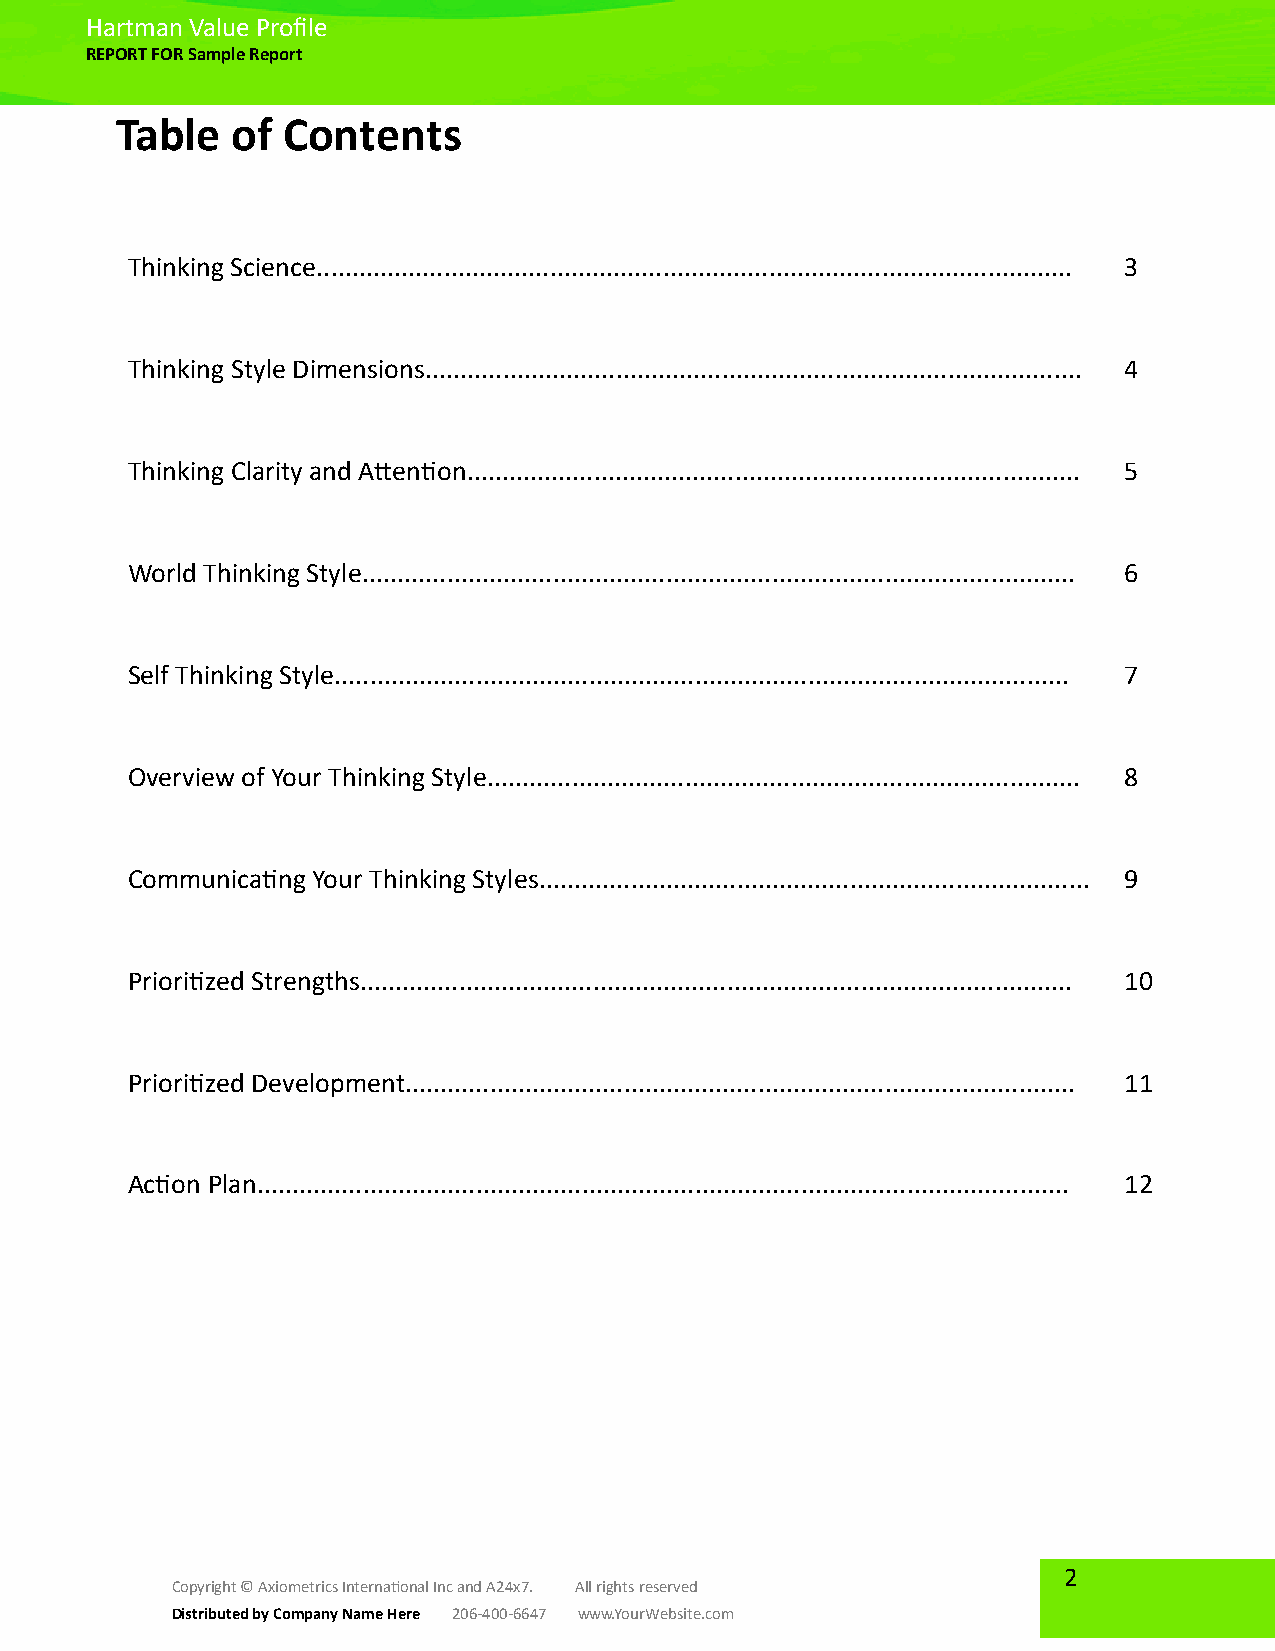
Hartman Value Profile
 REPORT FOR Sample Report
 Table  of  Contents
 Thinking Science........................................................................................................... 3
 Thinking Style Dimensions............................................................................................. 4
 Thinking Clarity and Attention....................................................................................... 5
 World Thinking Style..................................................................................................... 6
 Self Thinking Style........................................................................................................ 7
 Overview of Your Thinking Style.................................................................................... 8
 Communicating Your Thinking Styles.............................................................................. 9
 Prioritized Strengths..................................................................................................... 10
 Prioritized Development............................................................................................... 11
 Action Plan................................................................................................................... 12
 2
 Copyright © Axiometrics International Inc and A24x7. All rights reserved
 Distributed by Company Name Here 206-400-6647 www.YourWebsite.com